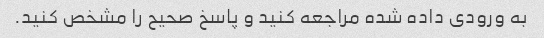
به ورودی داده شده مراجعه کنید و پاسخ صحیح را مشخص کنید.